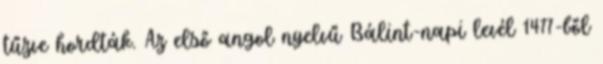
tűzve hordták. Az első angol nyelvű Bálint-napi levél 1477-ből